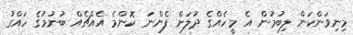
މިނިވަންކަން ލިބުމުން އެ މީހެއްގެ ދުލަށް ފެންނަ ކޮންމެ އެއްޗެއް ބުނުމުގެ ހައްގު